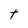
Character: t